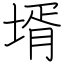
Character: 壻